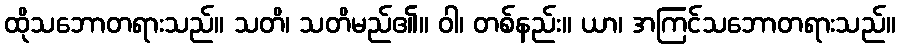
ထိုသဘောတရားသည်။ သတိ၊ သတိမည်၏။ ဝါ၊ တစ်နည်း။ ယာ၊ အကြင်သဘောတရားသည်။